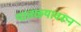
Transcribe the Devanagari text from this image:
पातळ्यांवरून